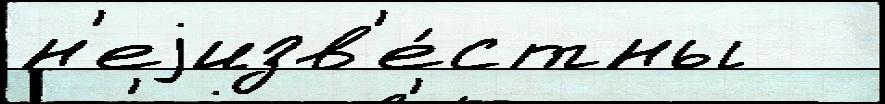
н'еjизв'е́стны